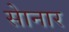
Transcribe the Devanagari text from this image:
साेनार